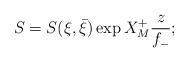
LaTeX: \begin{align*}S=S(\xi,\bar \xi ) \exp X^+_M \frac{z}{f_-};\end{align*}